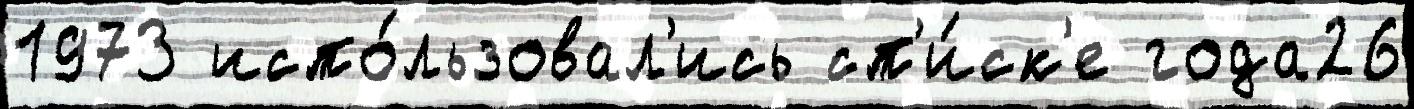
1973 испо́льзовал'ись сп'и́ск'е года26